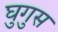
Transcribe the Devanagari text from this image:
घुगुस